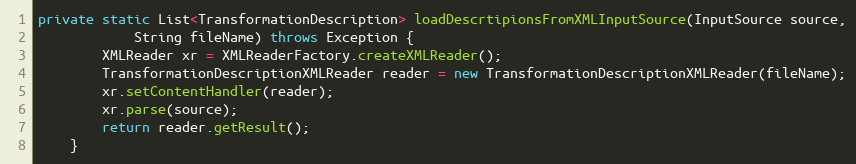
Language: Java
private static List<TransformationDescription> loadDescrtipionsFromXMLInputSource(InputSource source,
            String fileName) throws Exception {
        XMLReader xr = XMLReaderFactory.createXMLReader();
        TransformationDescriptionXMLReader reader = new TransformationDescriptionXMLReader(fileName);
        xr.setContentHandler(reader);
        xr.parse(source);
        return reader.getResult();
    }